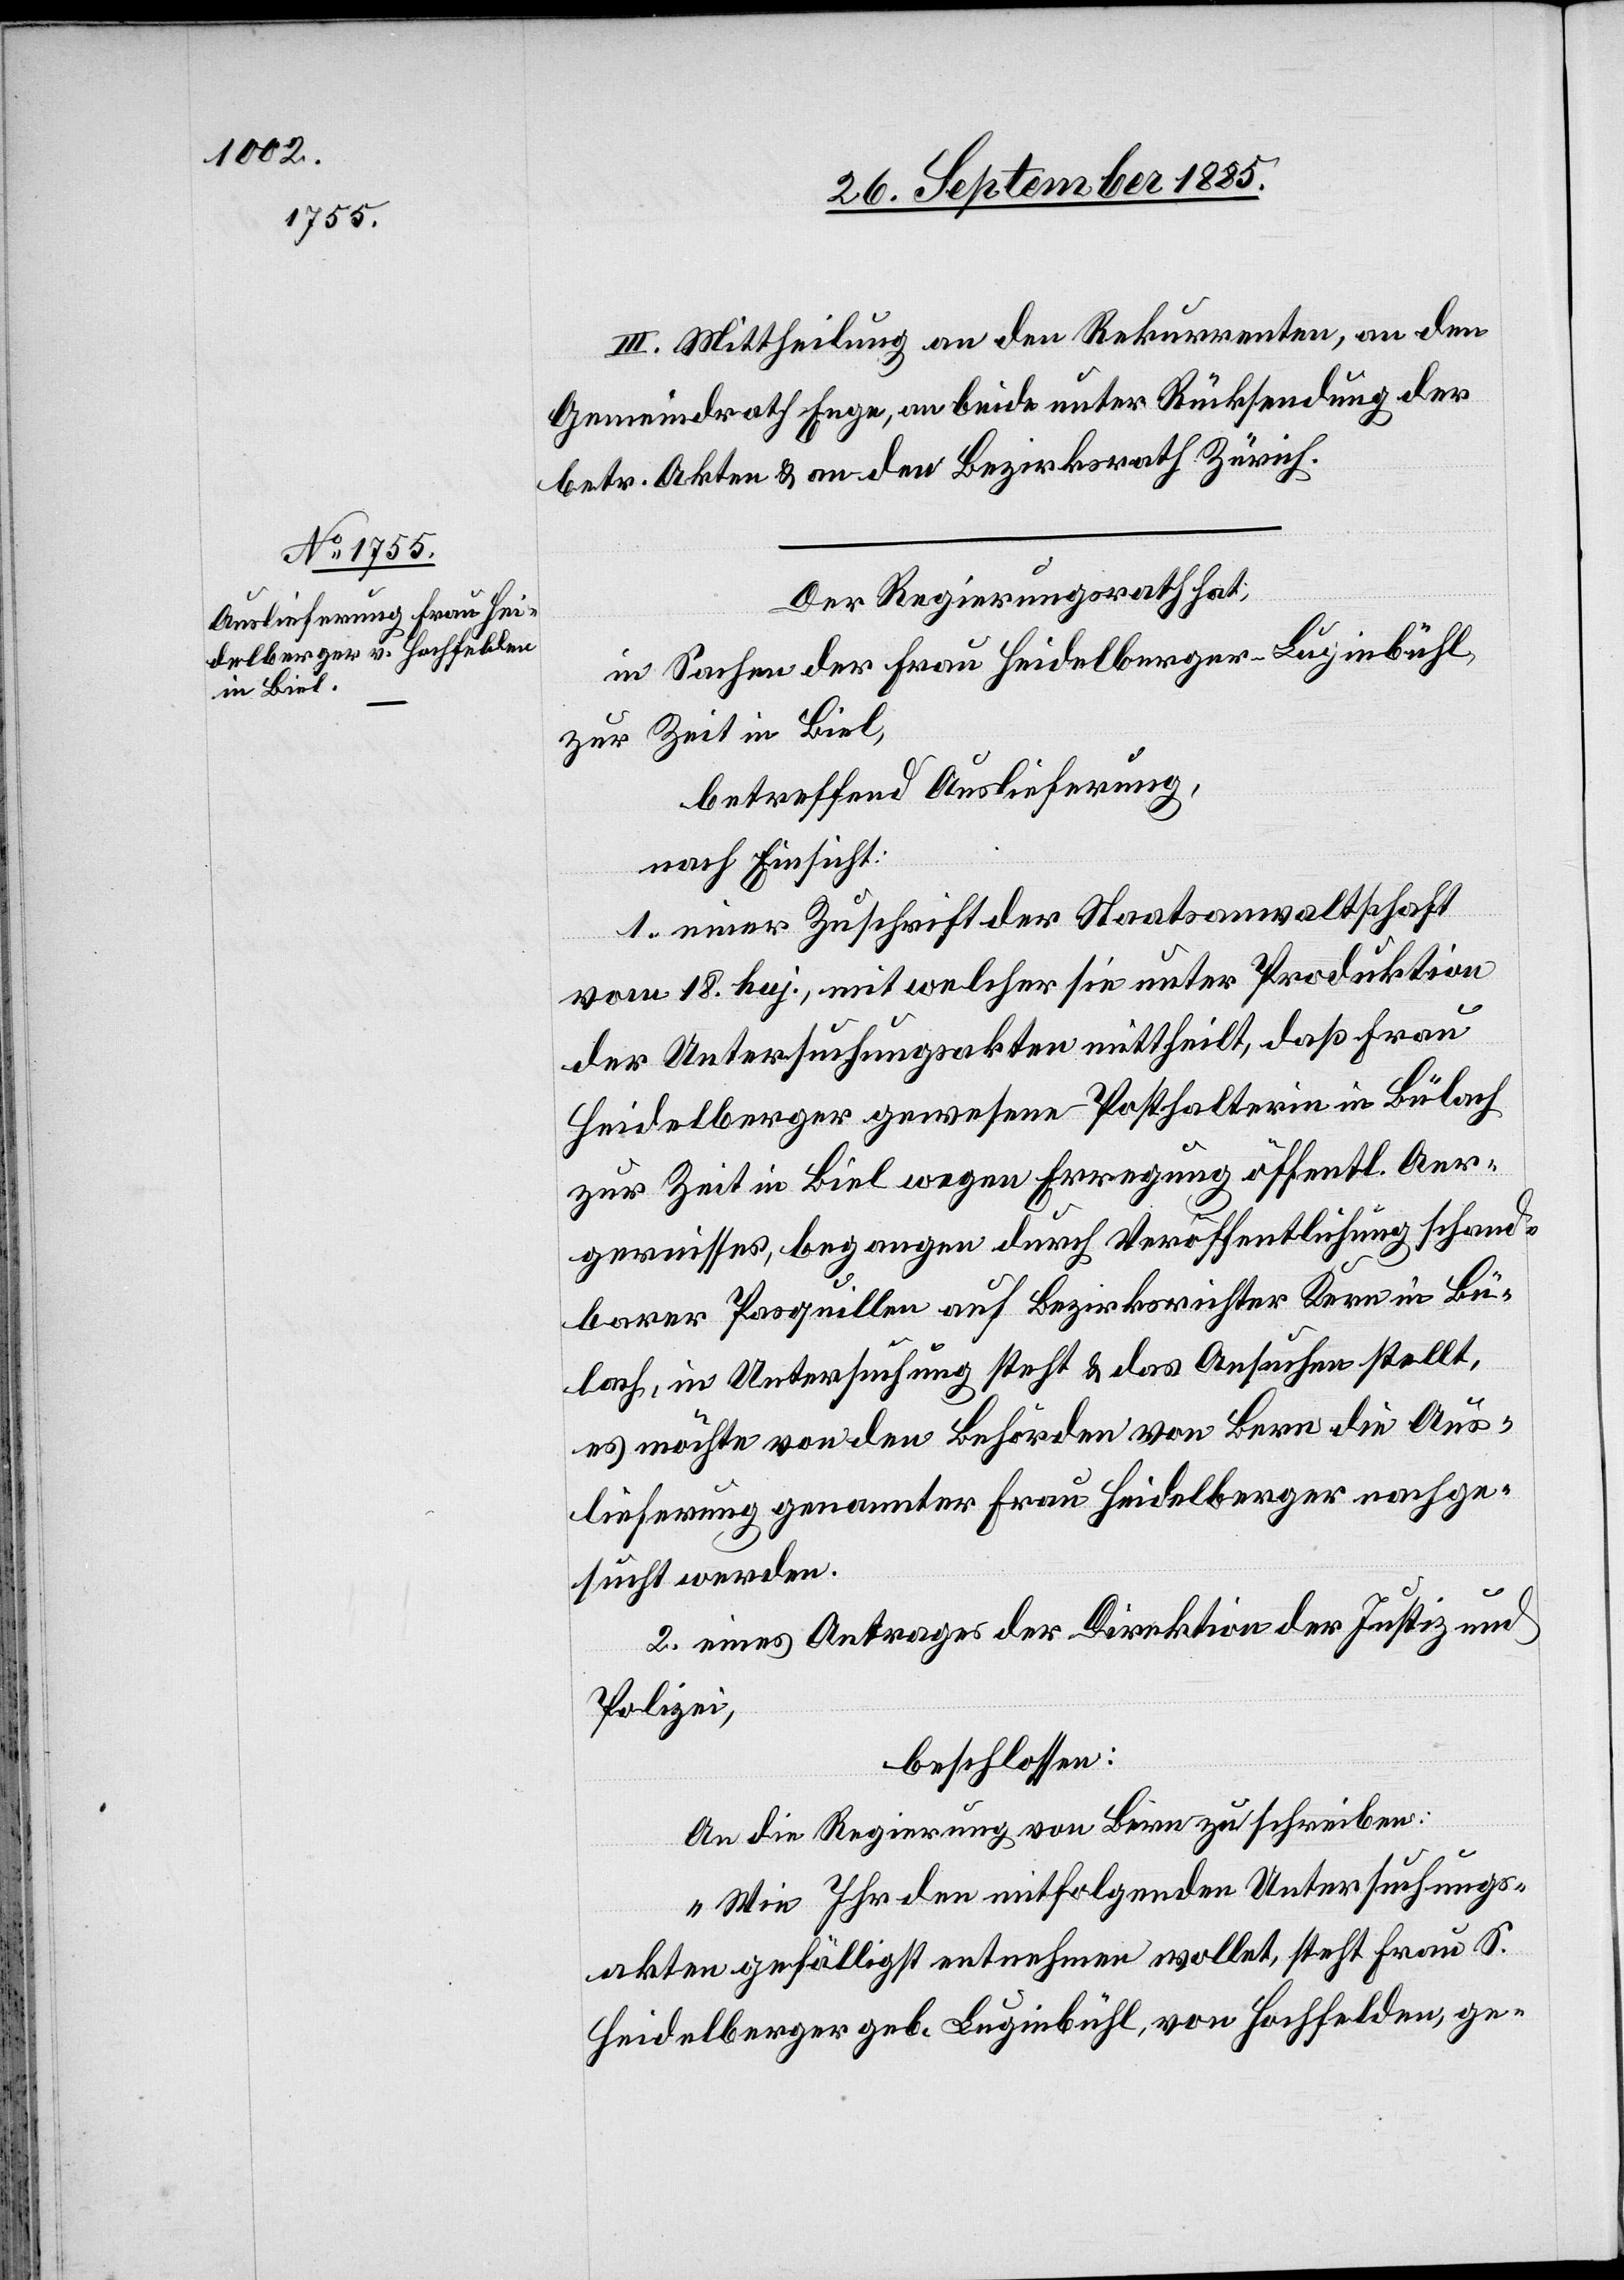
III. Mittheilung an den Rekurrenten, an den
Gemeindrath Enge, an beide unter Rücksendung der
betr. Akten & an den Bezirksrath Zürich.
Der Regierungsrath hat,
in Sachen der Frau Heidelberger-Luginbühl,
zur Zeit in Biel,
betreffend Auslieferung,
nach Einsicht:
1. einer Zuschrift der Staatsanwaltschaft
vom 18. huj., mit welcher sie unter Produktion
der Untersuchungsakten mittheilt, daß Frau
Heidelberger gewesene Posthalterin in Bülach
zur Zeit in Biel wegen Erregung öffentl. Aer¬
gernisses, begangen durch Veröffentlichung schand¬
barer Pasquillen auf Bezirksrichter Kern in Bü¬
lach, in Untersuchung steht & das Ansuchen stellt,
es möchte von den Behörden von Bern die Aus¬
lieferung genannter Frau Heidelberger nachge¬
sucht werden.
2. eines Antrages der Direktion der Justiz und
Polizei,
beschlossen:
An die Regierung von Bern zu schreiben:
„Wie Ihr den mitfolgenden Untersuchungs¬
akten gefälligst entnehmen wollet, steht Frau S.
Heidelberger geb. Luginbühl, von Hochfelden, ge-